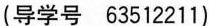
(导学号 63512211)